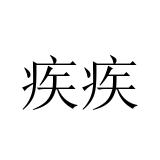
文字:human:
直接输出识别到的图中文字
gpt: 疾疾